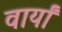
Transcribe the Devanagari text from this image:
वार्यां